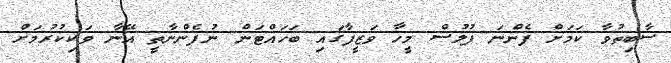
ސާބިތުވާ ކަމަށް ފެންނަ ފުލުސް މީހާ ވަޒީފާގައި ބަހައްޓަން ނުފެންނާތީ އޭނާ ވަކިކުރުމަށް